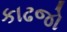
કાઢજો